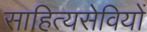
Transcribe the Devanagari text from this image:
साहित्यसेवियों